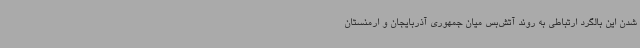
شدن این بالگرد ارتباطی به روند آتش‌بس میان جمهوری آذربایجان و ارمنستان